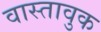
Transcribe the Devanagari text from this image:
वास्तावुक